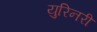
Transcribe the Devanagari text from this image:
युरिनरी